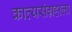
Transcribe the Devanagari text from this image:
काव्यसंग्रहाला